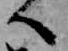
へ